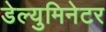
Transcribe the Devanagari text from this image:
डेल्युमिनेटर